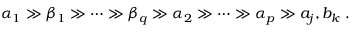
\alpha _ { 1 } \gg \beta _ { 1 } \gg \cdots \gg \beta _ { q } \gg \alpha _ { 2 } \gg \cdots \gg \alpha _ { p } \gg a _ { j } , b _ { k } \; .